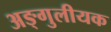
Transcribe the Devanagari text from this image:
अङ्गुलीयक